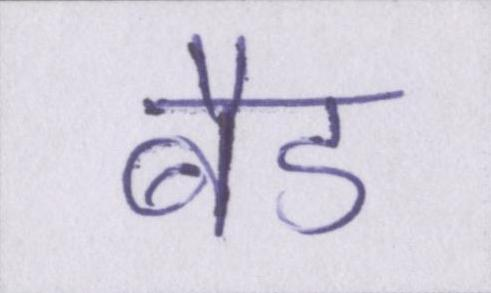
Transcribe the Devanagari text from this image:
बैड